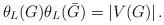
LaTeX: \begin{align*}\theta_L(G) \theta_L(\bar G) = |V(G)|\,.\end{align*}